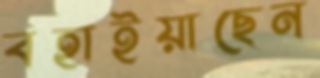
বহাইয়াছেন